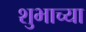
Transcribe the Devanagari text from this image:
शुभाच्या